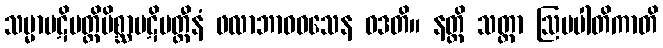
သမ္မာပဋိပတ္တိမိစ္ဆာပဋိပတ္တီနံ ဖလာဘာဝဝသေန ဝဒတိ။ နတ္ထိ သတ္တာ ဩပပါတိကာတိ